Vaccination Hyderabad 1872-1889 - 1872-1889
Year: 1872
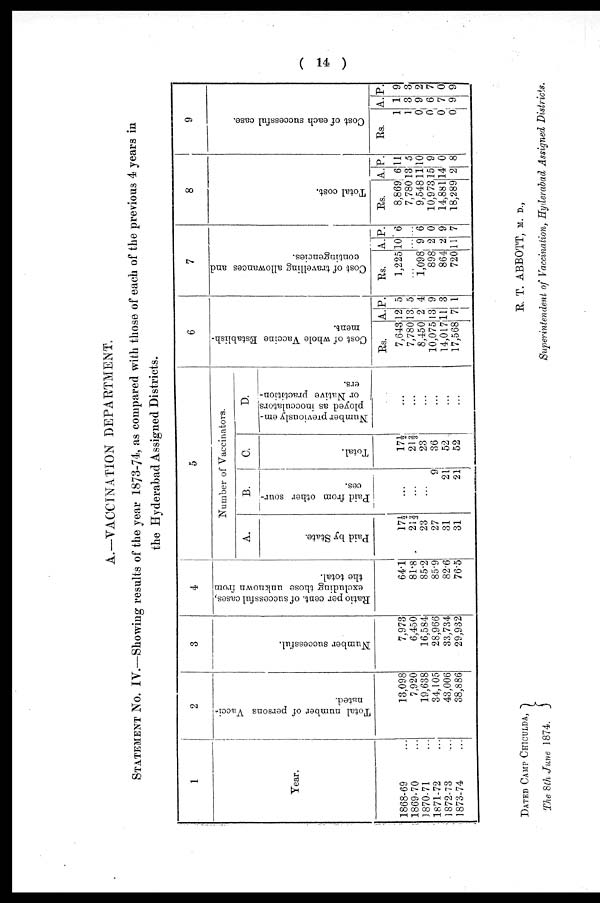
( 14 )
A.—VACCINATION DEPARTMENT.
STATEMENT NO. IV.—Showing results of the year 1873-74, as compared with those of each of the previous 4 years in
the Hyderabad Assigned Districts.
1
Year.
1868-69 ...
1869-70 ...
1870-71 ...
1871-72 ...
1872-73 ...
1873-74 ...
2
Total number of persons Vacci¬
nated.
13,098
7,920
19,638
34,105
43,006
38,886
3
Number successful.
7,973
6,450
16,584
28,966
33,734
29,932
4
Ratio per cent. of successful cases,
excluding those unknown from
the total.
64.1
81.8
85.2
85.9
82.6
76.5
5
Number of Vaccinators.
A.
Paid by State.
17½
21 2/3
23
27
31
31
B.
Paid from other sour-
ces.
...
...
...
9
21
21
C.
Total.
17½
21 2/3
23
36
52
52
D.
Number previously em-
ployed as inocculators
or Native practition-
ers.
...
...
...
...
...
...
6
Cost of whole Vaccine Establish-
ment.
Rs.
7,643
7,780
8,450
10,075
14,017
17,568
A.
12
13
2
13
11
7
P.
5
5
4
9
3
1
7
Cost of travelling allowances and
contingencies.
Rs.
1,225
...
1,098
898
864
720
A.
10
...
9
2
2
11
P.
6
...
6
0
9
7
8
Total cost.
Rs.
8,869
7,780
9,548
10,973
14,881
18,289
A.
6
13
11
15
14
2
P.
11
5
10
9
0
8
9
Cost of each successful case.
Rs.
1
1
0
0
0
0
A.
1
3
9
6
7
9
P.
9
3
2
7
0
9
DATED CAMP CHICULDA,
The 8th June 1874.
R. T. ABBOTT, M. D.,
Superintendent of Vaccination, Hyderabad Assigned Districts.